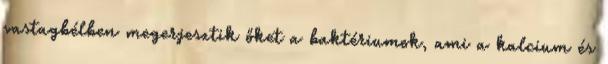
vastagbélben megerjesztik őket a baktériumok, ami a kalcium és